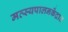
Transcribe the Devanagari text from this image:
मत्स्यपालनकेंद्रात